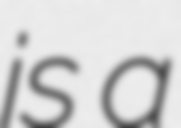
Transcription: is a